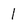
Character: 1